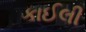
કાઈલી